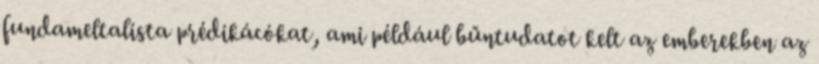
fundameltalista prédikácókat, ami például bűntudatot kelt az emberekben az